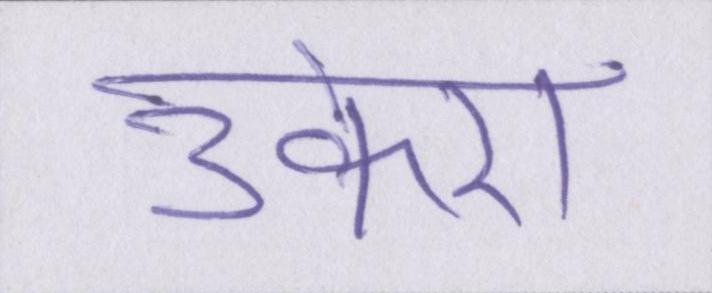
उकेरा